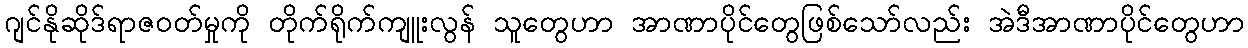
ဂျင်နိုဆိုဒ်ရာဇဝတ်မှုကို တိုက်ရိုက်ကျူးလွန် သူတွေဟာ အာဏာပိုင်တွေဖြစ်သော်လည်း အဲဒီအာဏာပိုင်တွေဟာ